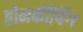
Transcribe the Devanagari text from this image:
होमकीपिंग